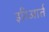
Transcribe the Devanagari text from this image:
इरिआर्त